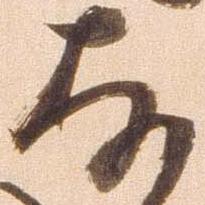
存